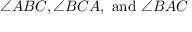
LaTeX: \angle A B C , \angle B C A , { \mathrm { ~ a n d ~ } } \angle B A C